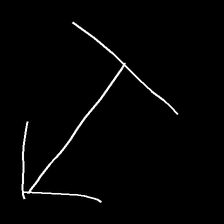
Glyph: levitation